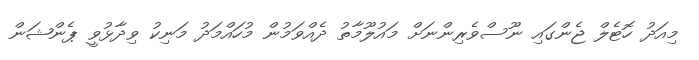
މިއަދު ހޮޓެލް ޖެންގައި ނޫސްވެރިންނަށް މައުލޫމާތު ދެއްވަމުން މުހައްމަދު މަނިކު ވިދާޅުވީ ޕެންޝަން